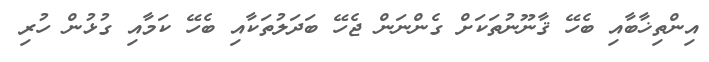
އިންތިޚާބާއި ބެހޭ ޤާނޫނުތަކަށް ގެންނަން ޖެހޭ ބަދަލުތަކާއި ބެހޭ ކަމާއި ގުޅުން ހުރި